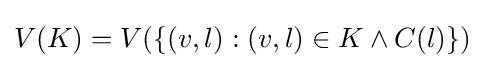
V(K)=V(\{(v,l):(v,l)\in K\land C(l)\})